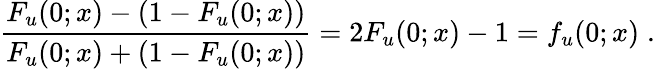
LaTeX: \frac{F_{u}(0;x)-(1-F_{u}(0;x))}{F_{u}(0;x)+(1-F_{u}(0;x))}=2F_{u}(0;x)-1=f_{u}(0;x)\; .